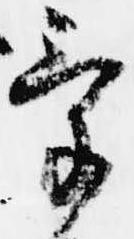
気